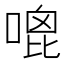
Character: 𠹇